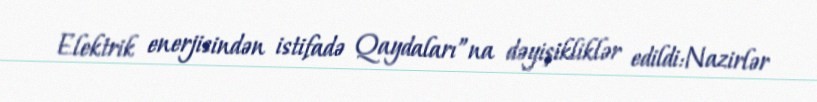
Elektrik enerjisindən istifadə Qaydaları”na dəyişikliklər edildi:Nazirlər